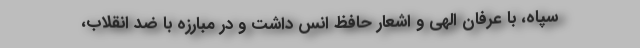
سپاه، با عرفان الهی و اشعار حافظ اُنس داشت و در مبارزه با ضد انقلاب،